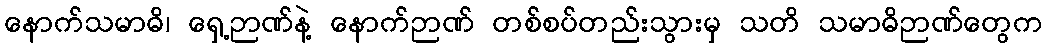
နောက်သမာဓိ၊ ရှေ့ဉာဏ်နဲ့ နောက်ဉာဏ် တစ်စပ်တည်းသွားမှ သတိ သမာဓိဉာဏ်တွေက